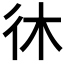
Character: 𫹎